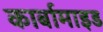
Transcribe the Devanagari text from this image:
कार्बामाइड